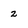
Character: 2